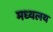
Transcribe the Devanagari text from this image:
मध्‍यलय